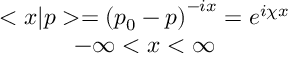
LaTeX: \begin{array} { c } { { < x | p > = \left( p _ { 0 } - p \right) ^ { - i x } = e ^ { i \chi x } } } \\ { { - \infty < x < \infty } } \end{array}